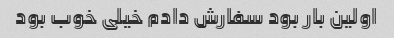
اولین بار بود سفارش دادم خیلی خوب بود